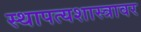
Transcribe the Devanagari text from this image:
स्थापत्यशास्त्रावर